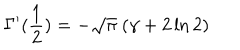
\Gamma ^ { \prime } ( { \frac { 1 } { 2 } } ) = - \sqrt { \pi } \ ( \gamma + 2 \ln 2 )